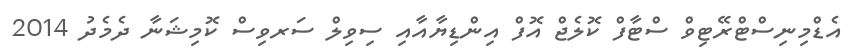
އެޑްމިނިސްޓްރޭޓިވް ސްޓާފް ކޮލެޖް އޮފް އިންޑިޔާއާއި ސިވިލް ސަރވިސް ކޮމިޝަނާ ދެމެދު 2014